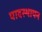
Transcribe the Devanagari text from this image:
पादस्थापन